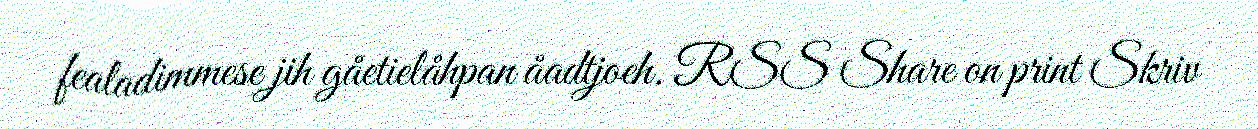
fealadimmese jih gåetielåhpan åadtjoeh. RSS Share on print Skriv